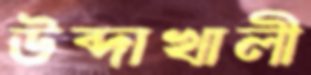
উব্দাখালী